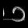
Digit: ၁